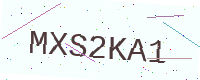
Text: MXS2KA1